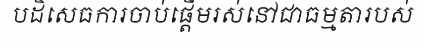
បដិសេធការចាប់ផ្តើមរស់នៅជាធម្មតារបស់